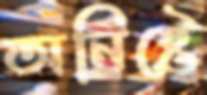
অনিষ্টে